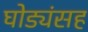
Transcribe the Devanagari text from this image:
घोड्यंसह